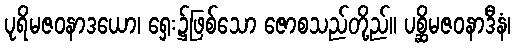
ပုရိမဇဝနာဒယော၊ ရှေး၌ဖြစ်သော ဇောစသည်တို့ည်။ ပစ္ဆိမဇဝနာဒီနံ၊